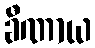
ခီဏာယ